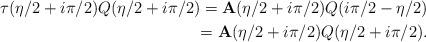
LaTeX: \begin{align*}\tau (\eta /2+i\pi /2)Q(\eta /2+i\pi /2)=\mathbf{A}(\eta /2+i\pi /2)Q(i\pi /2-\eta /2) \\ =\mathbf{A}(\eta /2+i\pi /2)Q(\eta /2+i\pi /2) . \end{align*}